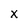
Character: x